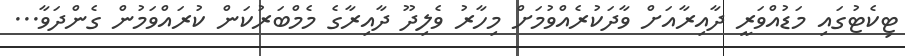
ޓިކެޓުގައި މަޑުއްވަރީ ދާއިރާއަށް ވާދަކުރެއްވުމަށް މިހާރު ވެލިދޫ ދާއިރާގެ މެމްބަރުކަން ކުރައްވަމުން ގެންދަވާ...